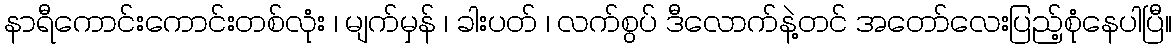
နာရီကောင်းကောင်းတစ်လုံး ၊ မျက်မှန် ၊ ခါးပတ် ၊ လက်စွပ် ဒီလောက်နဲ့တင် အတော်လေးပြည့်စုံနေပါပြီ။